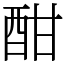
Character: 酣